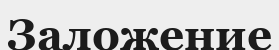
Заложение